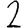
Digit: 2